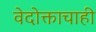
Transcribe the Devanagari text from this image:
वेदोक्ताचाही